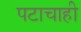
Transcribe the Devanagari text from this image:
पटाचाही